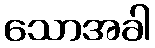
သောအခါ